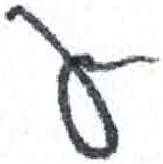
אות: ע